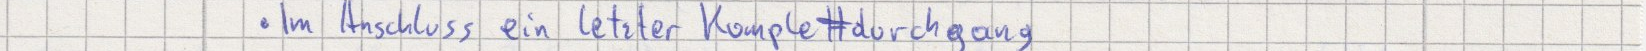
Im Anschluss ein letzter Komplettdurchgang